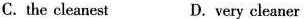
C.the cleanest D. very cleaner